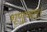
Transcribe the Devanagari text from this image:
शृणुयात्।